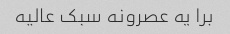
برا یه عصرونه سبک عالیه